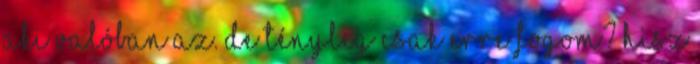
aki valóban az. De tényleg csak erre fogom? Hisz